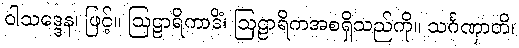
ဝါသဒ္ဒေန၊ ဖြင့်။ ဩဠာရိကာဒိံ၊ ဩဠာရိကအစရှိသည်ကို။ သင်္ဂဏှာတိ၊